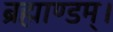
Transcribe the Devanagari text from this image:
ब्रह्माण्डम्।